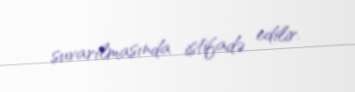
suvarılmasında istifadə edilir.